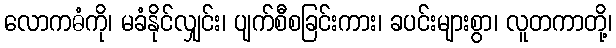
လောကဓံကို၊ မခံနိုင်လျှင်း၊ ပျက်စီစခြင်းကား၊ ခပင်းများစွာ၊ လူတကာတို့၊